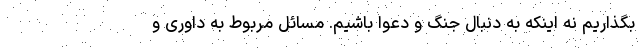
بگذاریم نه اینکه به دنبال جنگ و دعوا باشیم. مسائل مربوط به داوری و